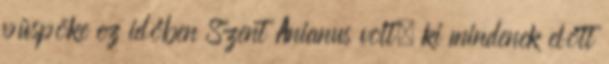
püspöke ez időben Szent Anianus volt, ki mindenek előtt